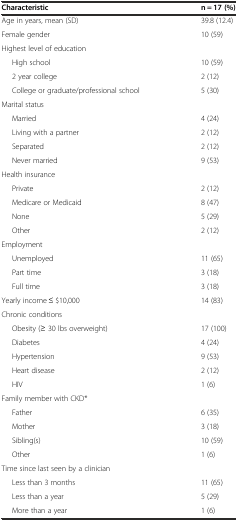
<table><thead><tr><td><b>Characteristic</b></td><td><b>n = 17 (%)</b></td></tr></thead><tbody><tr><td>Age in years, mean (SD)</td><td>39.8 (12.4)</td></tr><tr><td>Female gender</td><td>10 (59)</td></tr><tr><td>Highest level of education</td><td></td></tr><tr><td>High school</td><td>10 (59)</td></tr><tr><td>2 year college</td><td>2 (12)</td></tr><tr><td>College or graduate/professional school</td><td>5 (30)</td></tr><tr><td>Marital status</td><td></td></tr><tr><td>Married</td><td>4 (24)</td></tr><tr><td>Living with a partner</td><td>2 (12)</td></tr><tr><td>Separated</td><td>2 (12)</td></tr><tr><td>Never married</td><td>9 (53)</td></tr><tr><td>Health insurance</td><td></td></tr><tr><td>Private</td><td>2 (12)</td></tr><tr><td>Medicare or Medicaid</td><td>8 (47)</td></tr><tr><td>None</td><td>5 (29)</td></tr><tr><td>Other</td><td>2 (12)</td></tr><tr><td>Employment</td><td></td></tr><tr><td>Unemployed</td><td>11 (65)</td></tr><tr><td>Part time</td><td>3 (18)</td></tr><tr><td>Full time</td><td>3 (18)</td></tr><tr><td>Yearly income ≤ $10,000</td><td>14 (83)</td></tr><tr><td>Chronic conditions</td><td></td></tr><tr><td>Obesity (≥ 30 lbs overweight)</td><td>17 (100)</td></tr><tr><td>Diabetes</td><td>4 (24)</td></tr><tr><td>Hypertension</td><td>9 (53)</td></tr><tr><td>Heart disease</td><td>2 (12)</td></tr><tr><td>HIV</td><td>1 (6)</td></tr><tr><td>Family member with CKD*</td><td></td></tr><tr><td>Father</td><td>6 (35)</td></tr><tr><td>Mother</td><td>3 (18)</td></tr><tr><td>Sibling(s)</td><td>10 (59)</td></tr><tr><td>Other</td><td>1 (6)</td></tr><tr><td>Time since last seen by a clinician</td><td></td></tr><tr><td>Less than 3 months</td><td>11 (65)</td></tr><tr><td>Less than a year</td><td>5 (29)</td></tr><tr><td>More than a year</td><td>1 (6)</td></tr></tbody></table>